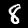
Digit: 8